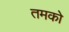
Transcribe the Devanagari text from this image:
तमको